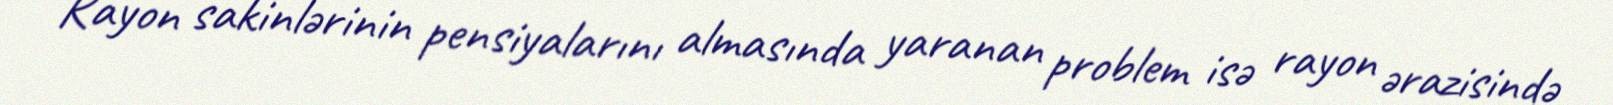
Rayon sakinlərinin pensiyalarını almasında yaranan problem isə rayon ərazisində